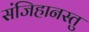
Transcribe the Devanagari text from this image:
संजिहानस्तु